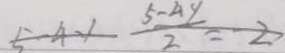
5 - 4 - 1 \frac { 5 - 4 y } { 2 } = - 2